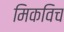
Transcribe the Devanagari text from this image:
मिकविच